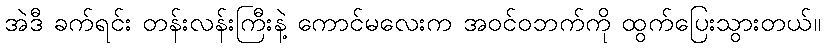
အဲဒီ ခက်ရင်း တန်းလန်းကြီးနဲ့ ကောင်မလေးက အဝင်ဝဘက်ကို ထွက်ပြေးသွားတယ်။